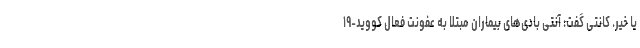
یا خیر. کانتی گفت: آنتی بادی‌های بیماران مبتلا به عفونت فعال کووید-۱۹